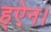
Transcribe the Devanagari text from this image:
ह्ऐन।